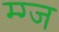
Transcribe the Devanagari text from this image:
म्ग्ज